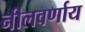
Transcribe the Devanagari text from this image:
नीलवर्णाय